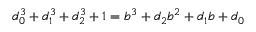
d _ { 0 } ^ { 3 } + d _ { 1 } ^ { 3 } + d _ { 2 } ^ { 3 } + 1 = b ^ { 3 } + d _ { 2 } b ^ { 2 } + d _ { 1 } b + d _ { 0 }